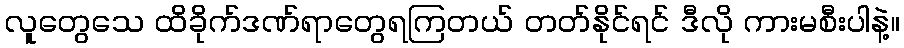
လူတွေသေ ထိခိုက်ဒဏ်ရာတွေရကြတယ် တတ်နိုင်ရင် ဒီလို ကားမစီးပါနဲ့။